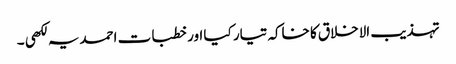
تہذیب الاخلاق کا خاکہ تیار کیا اور خطبات احمدیہ لکھی ۔